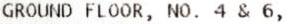
GROUND FLOOR, NO. 4 & 6,